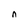
Character: n